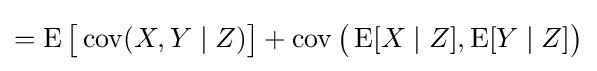
=\operatorname {E} {\big [}\operatorname {cov} (X,Y\mid Z){\big ]}+\operatorname {cov} {\big (}\operatorname {E} [X\mid Z],\operatorname {E} [Y\mid Z]{\big )}